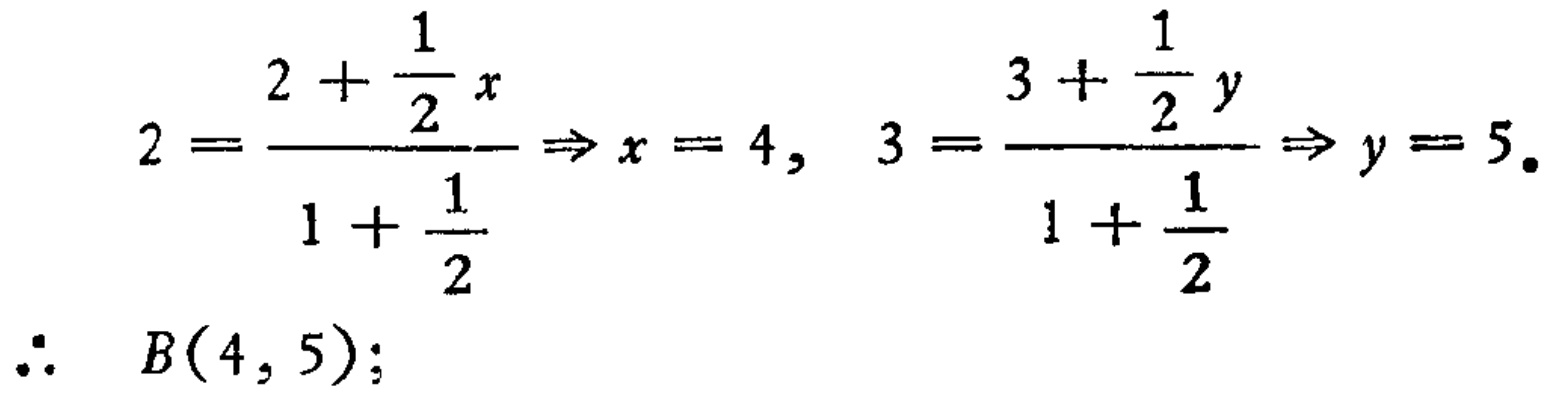
\[
2 = \frac{2 + \frac{1}{2}x}{1 + \frac{1}{2}} \Rightarrow x = 4, \quad 3 = \frac{3 + \frac{1}{2}y}{1 + \frac{1}{2}} \Rightarrow y = 5.
\]
\(\therefore \quad B(4, 5);\)